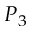
P _ { 3 }